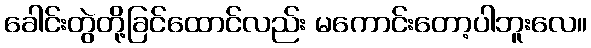
ခေါင်းတွဲတို့ခြင်ထောင်လည်း မကောင်းတော့ပါဘူးလေ။